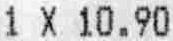
1 X 10.90